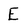
Character: E